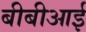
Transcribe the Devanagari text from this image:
बीबीआई